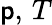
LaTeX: \mathsf{p},\, T